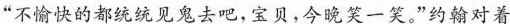
“不愉快的都统统见鬼去吧，宝贝，今晚笑一笑。”约翰对着